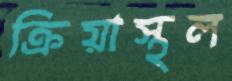
ক্রিয়াস্থল